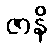
ဇာနိ